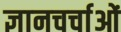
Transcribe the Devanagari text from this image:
ज्ञानचर्चाओं